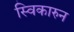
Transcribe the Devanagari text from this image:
स्विकारुन